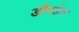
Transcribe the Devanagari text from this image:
डीपडेल